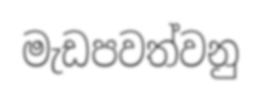
මැඩපවත්වනු